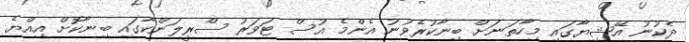
ދެކުނު އޭޝިޔާގައި މިހާތަނަށް ބިނާކުރެވުނު އެންމެ އުސް ޓަވަރު ސްރީލަންކާގައި ބިނާކޮށް އިއްޔެ